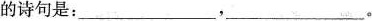
的诗句是：___，___。